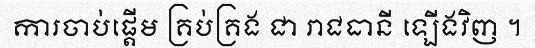
ការចាប់ផ្តើម គ្រប់គ្រង ជា រាជធានី ឡើងវិញ ។